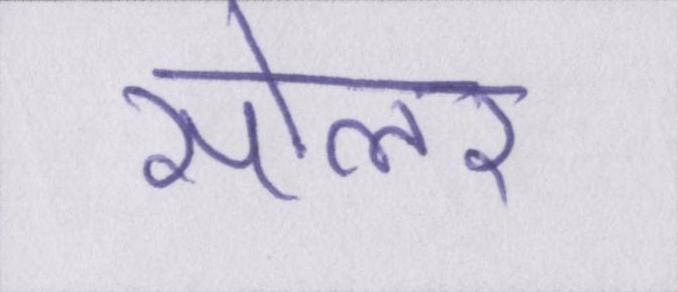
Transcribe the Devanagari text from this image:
सोलर